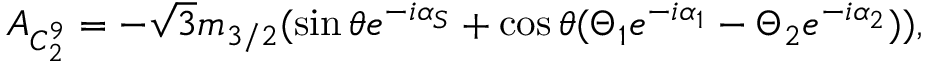
A _ { C _ { 2 } ^ { 9 } } = - \sqrt 3 m _ { 3 / 2 } ( \sin \theta e ^ { - i \alpha _ { S } } + \cos \theta ( \Theta _ { 1 } e ^ { - i \alpha _ { 1 } } - \Theta _ { 2 } e ^ { - i \alpha _ { 2 } } ) ) ,